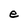
Character: e